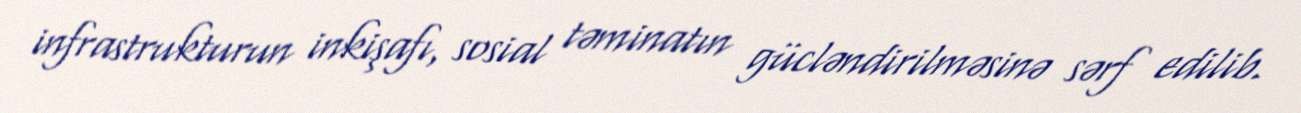
infrastrukturun inkişafı, sosial təminatın gücləndirilməsinə sərf edilib.